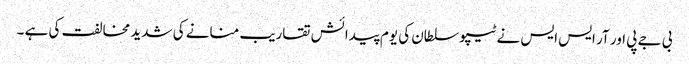
بی جے پی اور آر ایس ایس نے ٹیپو سلطان کی یوم پیدائش تقاریب منانے کی شدید مخالفت کی ہے ۔